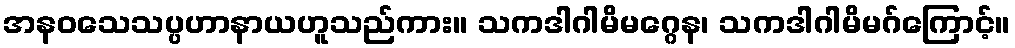
အနဝသေသပ္ပဟာနာယဟူသည်ကား။ သကဒါဂါမိမဂ္ဂေန၊ သကဒါဂါမိမဂ်ကြောင့်။